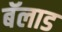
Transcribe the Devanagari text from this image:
बॅलाड